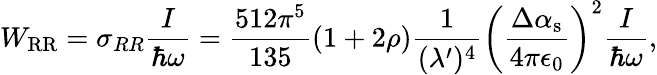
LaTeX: W_{\mathrm{RR}}=\sigma_{RR}\frac{I}{\hbar\omega}=\frac{512\pi^{5}}{135}(1+2\rho)\frac{1}{(\lambda^{\prime})^{4}}\left(\frac{\Delta\alpha_{\mathrm{s}}}{4\pi\epsilon_{0}}\right)^{2}\frac{I}{\hbar\omega},